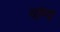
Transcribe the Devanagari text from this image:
वांग्य